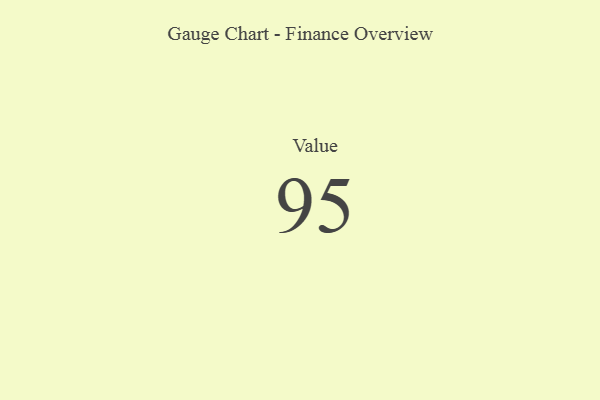
{"axis": {"x": "Metric", "y": "Value"}, "legend": [""], "data": [{"x": "Value", "y": 95, "type": ""}]}